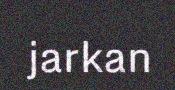
jarkan